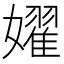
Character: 嬥